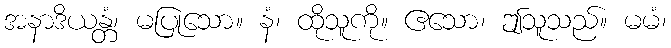
အနာဒိယန္တံ၊ မပြုသော။ နံ၊ ထိုသူကို။ ဧသော၊ ဤသူသည်။ မမံ၊